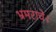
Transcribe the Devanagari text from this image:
भ्रमराचे।